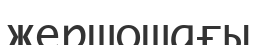
жершошағы